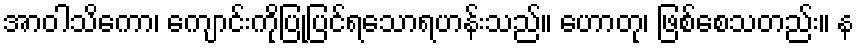
အာဝါသိကော၊ ကျောင်းကိုပြုပြင်ရသောရဟန်းသည်။ ဟောတု၊ ဖြစ်စေသတည်း။ န